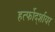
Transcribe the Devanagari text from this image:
हर्त्फोर्द्शायर